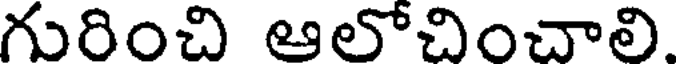
గురించి ఆలోచించాలి.